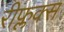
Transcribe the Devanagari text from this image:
रीफ्लक्स